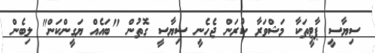
ސިޔާސީ ޕާޓީތަކާ މަޝްވަރާ ކުރަން ޖެހެނީ ސިޔާސީ ގޮތުން "ބައެއް ޔަގީންކަން" ލިބެން